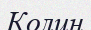
Колин